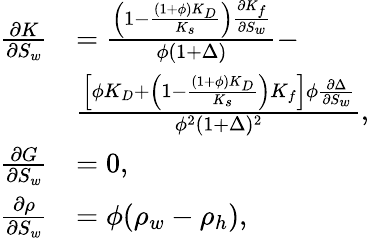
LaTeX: \begin{array}{r}{\begin{array}{rl}{\frac{\partial K}{\partial S_{w}}}&{=\frac{\left(1-\frac{(1+\phi)K_{D}}{K_{s}}\right)\frac{\partial K_{f}}{\partial S_{w}}}{\phi(1+\Delta)}-}\\ &{\frac{\left[\phi K_{D}+\left(1-\frac{(1+\phi)K_{D}}{K_{s}}\right)K_{f}\right]\phi\frac{\partial\Delta}{\partial S_{w}}}{\phi^{2}(1+\Delta)^{2}},}\\ {\frac{\partial G}{\partial S_{w}}}&{=0,}\\ {\frac{\partial\rho}{\partial S_{w}}}&{=\phi(\rho_{w}-\rho_{h}),}\end{array}}\end{array}